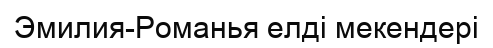
Эмилия-Романья елді мекендері